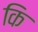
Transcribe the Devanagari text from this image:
कि